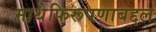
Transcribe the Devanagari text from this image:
माथेफिरूपणाबद्दल